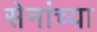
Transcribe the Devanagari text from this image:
सेनांच्या